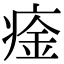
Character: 㾣